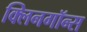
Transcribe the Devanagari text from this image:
क्लिनगॉन्स